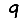
Digit: 9